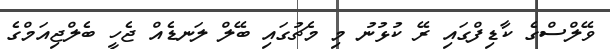
ވޭލްސްގެ ކާޑިފްގައި ރޭ ކުޅުނު މި މެޗުގައި ބޭލް ލަނޑެއް ޖެހީ ބެލްޖިއަމްގެ